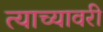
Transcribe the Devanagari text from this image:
त्याच्यावरी